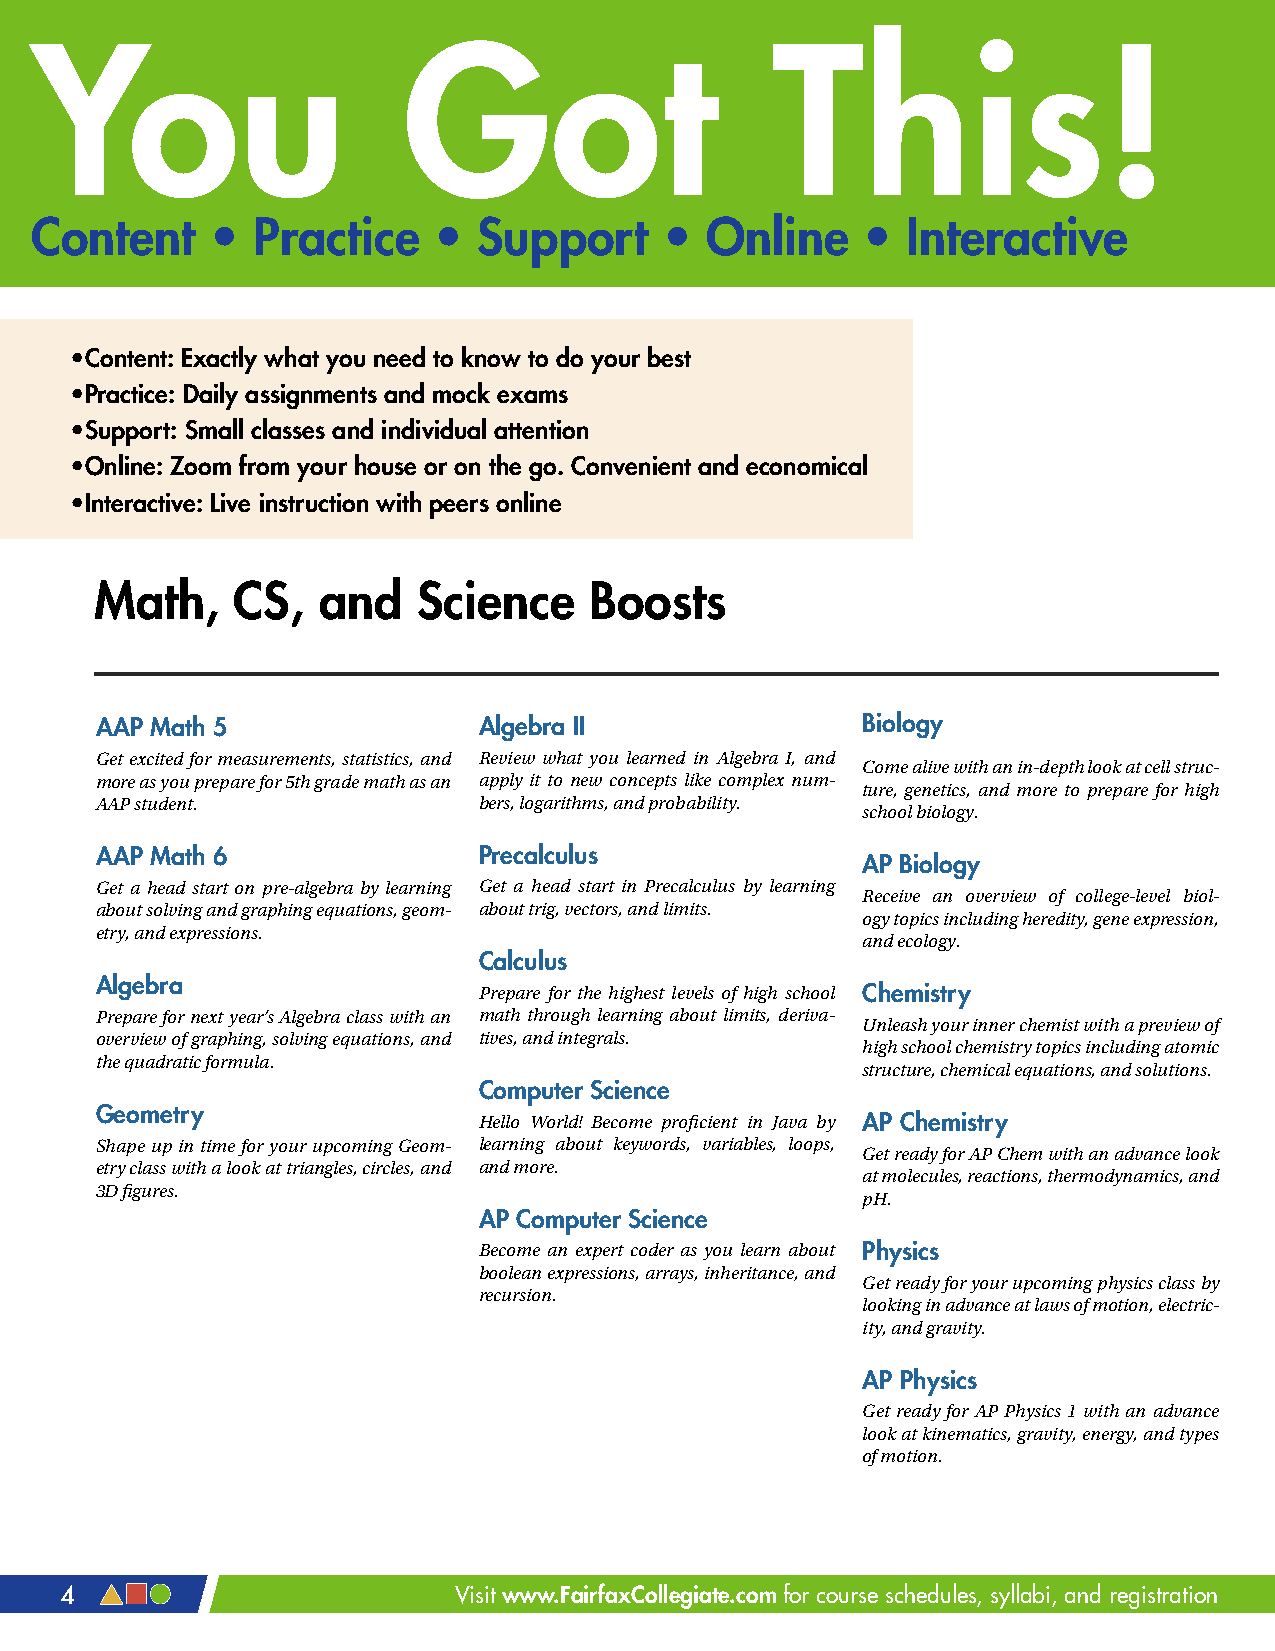
You                      Got                     This!
 Content     •  Practice    •  Support     •  Online    •  Interactive
 • Content: Exactly what you need to know to do your best
 • Practice: Daily assignments and mock exams
 • Support: Small classes and individual attention
 • Online: Zoom from your house or on the go. Convenient and economical
 • Interactive: Live instruction with peers online
 Math,    CS,   and    Science    Boosts
 AAP Math 5                Algebra II               Biology
 Get excited for measurements, statistics, and Review what you learned in Algebra I, and
 Come alive with an in-depth look at cell struc-
 more as you prepare for 5th grade math as an apply it to new concepts like complex num-
 ture, genetics, and more to prepare for high
 AAP student.              bers, logarithms, and probability.
 school biology.
 AAP Math 6                Precalculus
 AP Biology
 Get a head start on pre-algebra by learning Get a head start in Precalculus by learning
 Receive an overview of college-level biol-
 about solving and graphing equations, geom- about trig, vectors, and limits.
 ogy topics including heredity, gene expression,
 etry, and expressions.
 and ecology.
 Calculus
 Algebra
 Prepare for the highest levels of high school Chemistry
 Prepare for next year’s Algebra class with an math through learning about limits, deriva-
 Unleash your inner chemist with a preview of
 overview of graphing, solving equations, and tives, and integrals.
 high school chemistry topics including atomic
 the quadratic formula.
 structure, chemical equations, and solutions.
 Computer Science
 Geometry
 Hello World! Become proficient in Java by AP Chemistry
 Shape up in time for your upcoming Geom- learning about keywords, variables, loops,
 Get ready for AP Chem with an advance look
 etry class with a look at triangles, circles, and and more.
 at molecules, reactions, thermodynamics, and
 3D figures.
 pH.
 AP Computer Science
 Become an expert coder as you learn about Physics
 boolean expressions, arrays, inheritance, and
 Get ready for your upcoming physics class by
 recursion.
 looking in advance at laws of motion, electric-
 ity, and gravity.
 AP Physics
 Get ready for AP Physics 1 with an advance
 look at kinematics, gravity, energy, and types
 of motion.
 4                         Visit www.FairfaxCollegiate.com for course schedules, syllabi, and registration